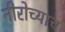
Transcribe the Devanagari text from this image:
नीरोच्याच